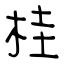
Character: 桂